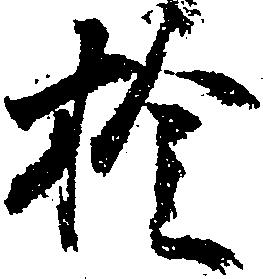
拾